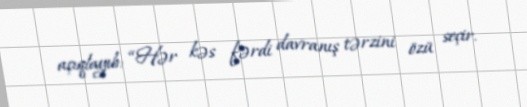
açıqlayıb: “Hər kəs fərdi davranış tərzini özü seçir.